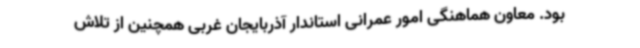
بود. معاون هماهنگی امور عمرانی استاندار آذربایجان غربی همچنین از تلاش